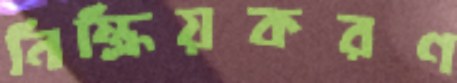
নিষ্ক্রিয়করণ